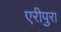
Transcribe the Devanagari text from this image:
एरीपुरा